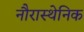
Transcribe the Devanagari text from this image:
नौरास्थेनिक